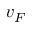
v _ { F }